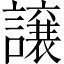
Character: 譲